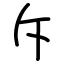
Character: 斥